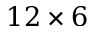
1 2 \times 6